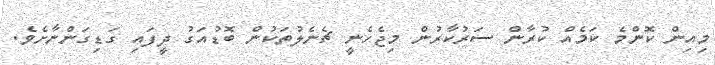
މިއިން ކޮންމެ ކަމެއް ކުރާން ސަރުކާރުން މިޖެހެނީ ޗެނެލުތަކުން ބޮޑުއަގު ދީފައި ގަޑިގަންނާށެވެ.